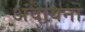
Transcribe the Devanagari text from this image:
अंवायना